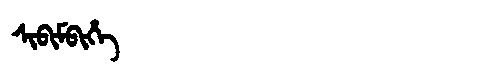
Manchu: ᠰᡳᠪᡳᠮᠪᡳᡥᡝ
Romanization: SIBIMBIHE